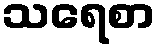
သရေစာ